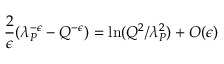
{ \frac { 2 } { \epsilon } } ( \lambda _ { P } ^ { - \epsilon } - Q ^ { - \epsilon } ) = \ln ( Q ^ { 2 } / \lambda _ { P } ^ { 2 } ) + O ( \epsilon )